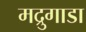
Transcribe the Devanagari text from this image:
मद्रुगाडा